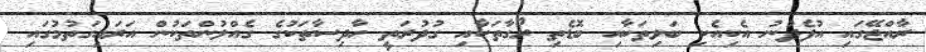
ރާއްޖޭގައި އުފެދުނު އެކިއެކި ބަލިތަކާއި ބޮޑެތި ރޯގާތަކާއި ގުދުރަތީ ހާދިސާތަކުގެ ގެއްލުންތަކުން އަރައިގަތުމުގައި